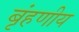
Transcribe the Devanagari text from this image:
बृंहणीय